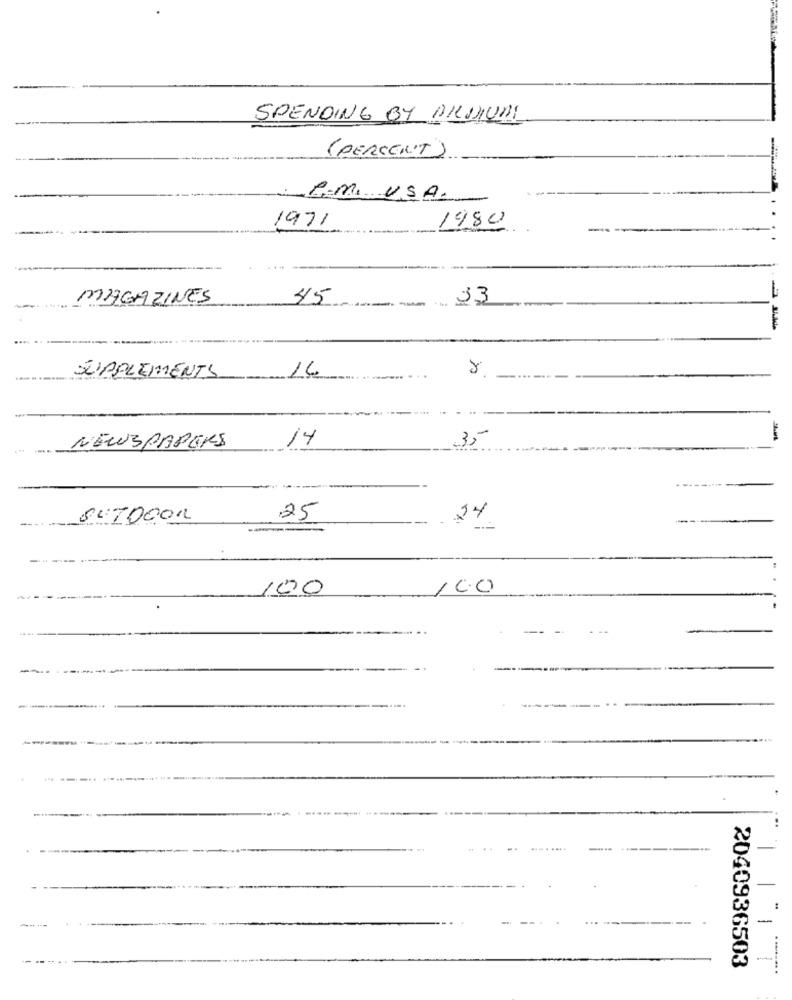
SPENDING BY BILDIUDI
(PERCENT)
A.M. USA.
1971
1980
MAGAZINES
45
33
--
D'PPLEMENTS
14
14
3 ,-
NEWSPAPERS
OUTDOOR
25
24
100
140
.....
-----
-
-
2040936503